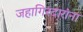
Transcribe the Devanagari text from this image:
जहागिरदारांना